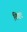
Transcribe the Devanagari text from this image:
विएट